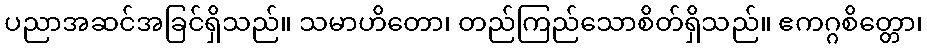
ပညာအဆင်အခြင်ရှိသည်။ သမာဟိတော၊ တည်ကြည်သောစိတ်ရှိသည်။ ဧကဂ္ဂစိတ္တော၊